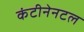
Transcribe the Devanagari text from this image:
कंटीनेनटल